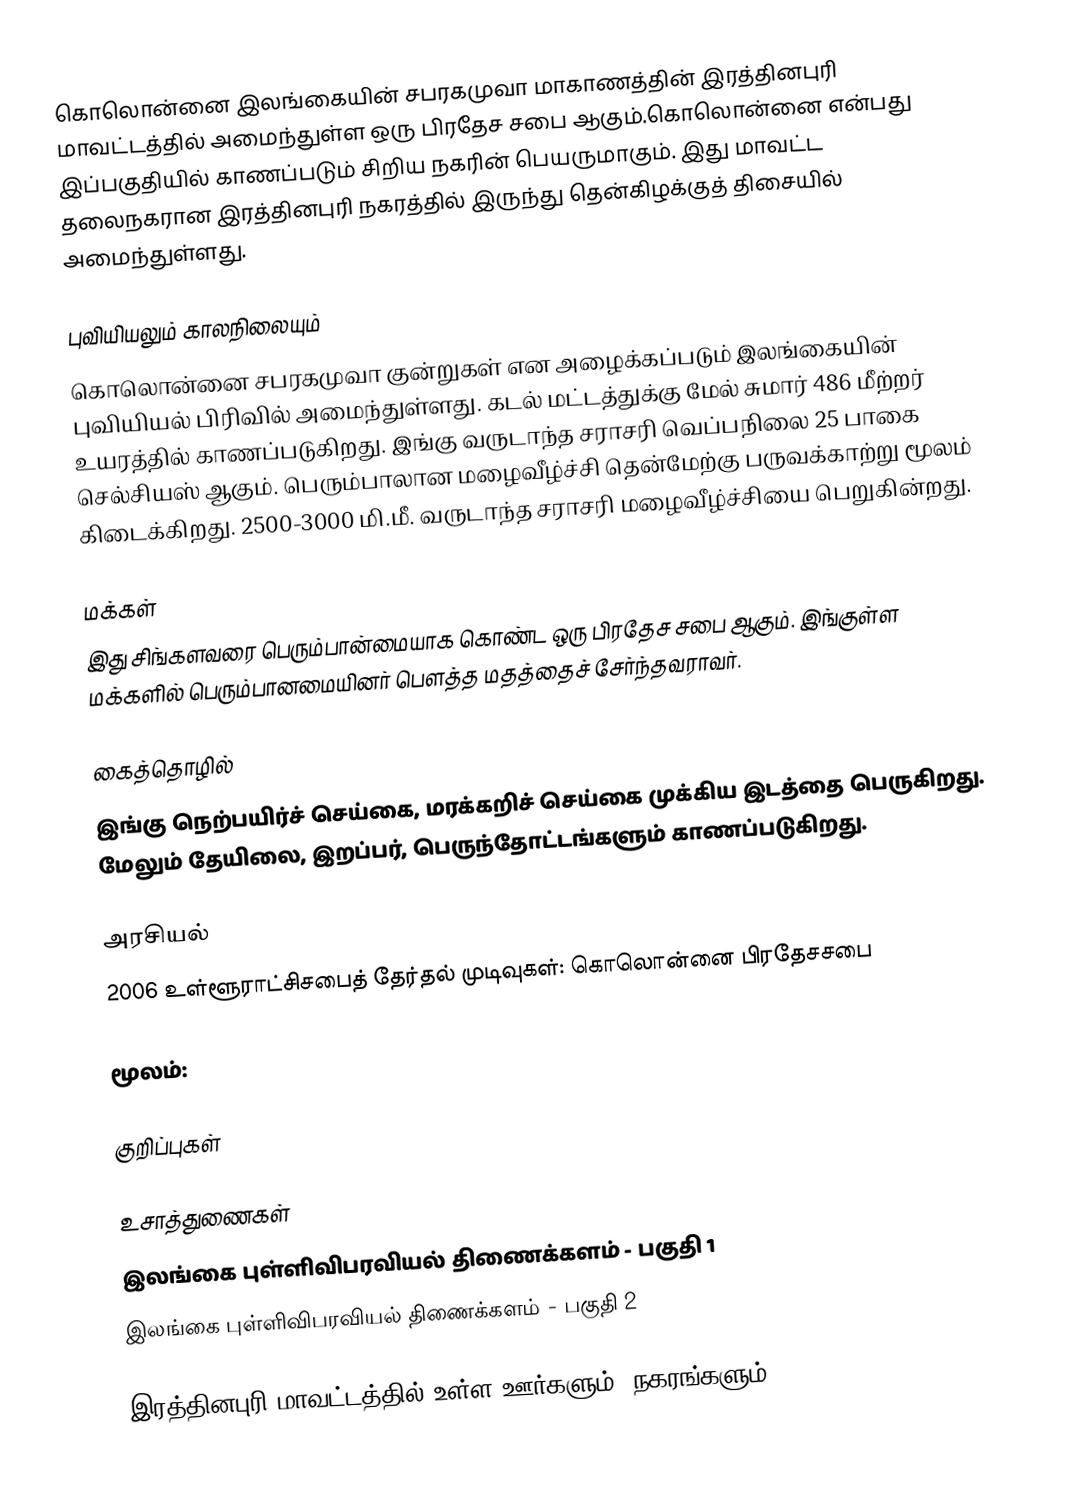
கொலொன்னை இலங்கையின் சபரகமுவா மாகாணத்தின் இரத்தினபுரி மாவட்டத்தில் அமைந்துள்ள ஒரு பிரதேச சபை ஆகும்.கொலொன்னை என்பது இப்பகுதியில் காணப்படும்  சிறிய நகரின் பெயருமாகும். இது மாவட்ட தலைநகரான இரத்தினபுரி நகரத்தில் இருந்து  தென்கிழக்குத் திசையில்  அமைந்துள்ளது.

புவியியலும் காலநிலையும்
கொலொன்னை  சபரகமுவா குன்றுகள் என அழைக்கப்படும்  இலங்கையின் புவியியல் பிரிவில் அமைந்துள்ளது. கடல் மட்டத்துக்கு மேல் சுமார் 486 மீற்றர்  உயரத்தில் காணப்படுகிறது. இங்கு வருடாந்த சராசரி வெப்பநிலை 25 பாகை செல்சியஸ் ஆகும். பெரும்பாலான மழைவீழ்ச்சி தென்மேற்கு பருவக்காற்று மூலம் கிடைக்கிறது. 2500-3000 மி.மீ. வருடாந்த சராசரி மழைவீழ்ச்சியை பெறுகின்றது.

மக்கள்
இது சிங்களவரை பெரும்பான்மையாக கொண்ட ஒரு பிரதேச சபை ஆகும். இங்குள்ள மக்களில் பெரும்பானமையினர் பௌத்த மதத்தைச் சேர்ந்தவராவர்.

கைத்தொழில்
இங்கு நெற்பயிர்ச் செய்கை, மரக்கறிச் செய்கை முக்கிய இடத்தை பெருகிறது. மேலும் தேயிலை, இறப்பர், பெருந்தோட்டங்களும் காணப்படுகிறது.

அரசியல்
2006　உள்ளூராட்சிசபைத்　தேர்தல்　முடிவுகள்:　கொலொன்னை　பிரதேசசபை

மூலம்:

குறிப்புகள்

உசாத்துணைகள்
 இலங்கை புள்ளிவிபரவியல் திணைக்களம் - பகுதி 1
 இலங்கை புள்ளிவிபரவியல் திணைக்களம் - பகுதி 2

இரத்தினபுரி மாவட்டத்தில் உள்ள ஊர்களும், நகரங்களும்